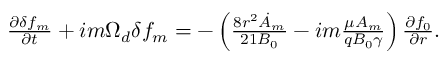
\begin{array} { r } { \frac { \partial \delta f _ { m } } { \partial t } + { i m \Omega _ { d } \delta f _ { m } } = - \left( \frac { 8 r ^ { 2 } \dot { A } _ { m } } { 2 1 B _ { 0 } } - i m \frac { \mu A _ { m } } { q B _ { 0 } \gamma } \right) \frac { \partial f _ { 0 } } { \partial r } . } \end{array}